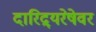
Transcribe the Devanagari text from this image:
दारिद्र्‍यरेषेवर